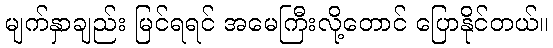
မျက်နှာချည်း မြင်ရရင် အမေကြီးလို့တောင် ပြောနိုင်တယ်။